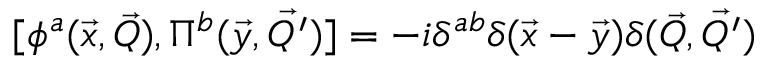
{ [ \phi ^ { a } ( \vec { x } , \vec { Q } ) , \Pi ^ { b } ( \vec { y } , \vec { Q ^ { \prime } } ) ] } = - i \delta ^ { a b } \delta ( \vec { x } - \vec { y } ) \delta ( \vec { Q } , \vec { Q ^ { \prime } } )